Tartu_Kolgata_baptistikogudus, lk 7
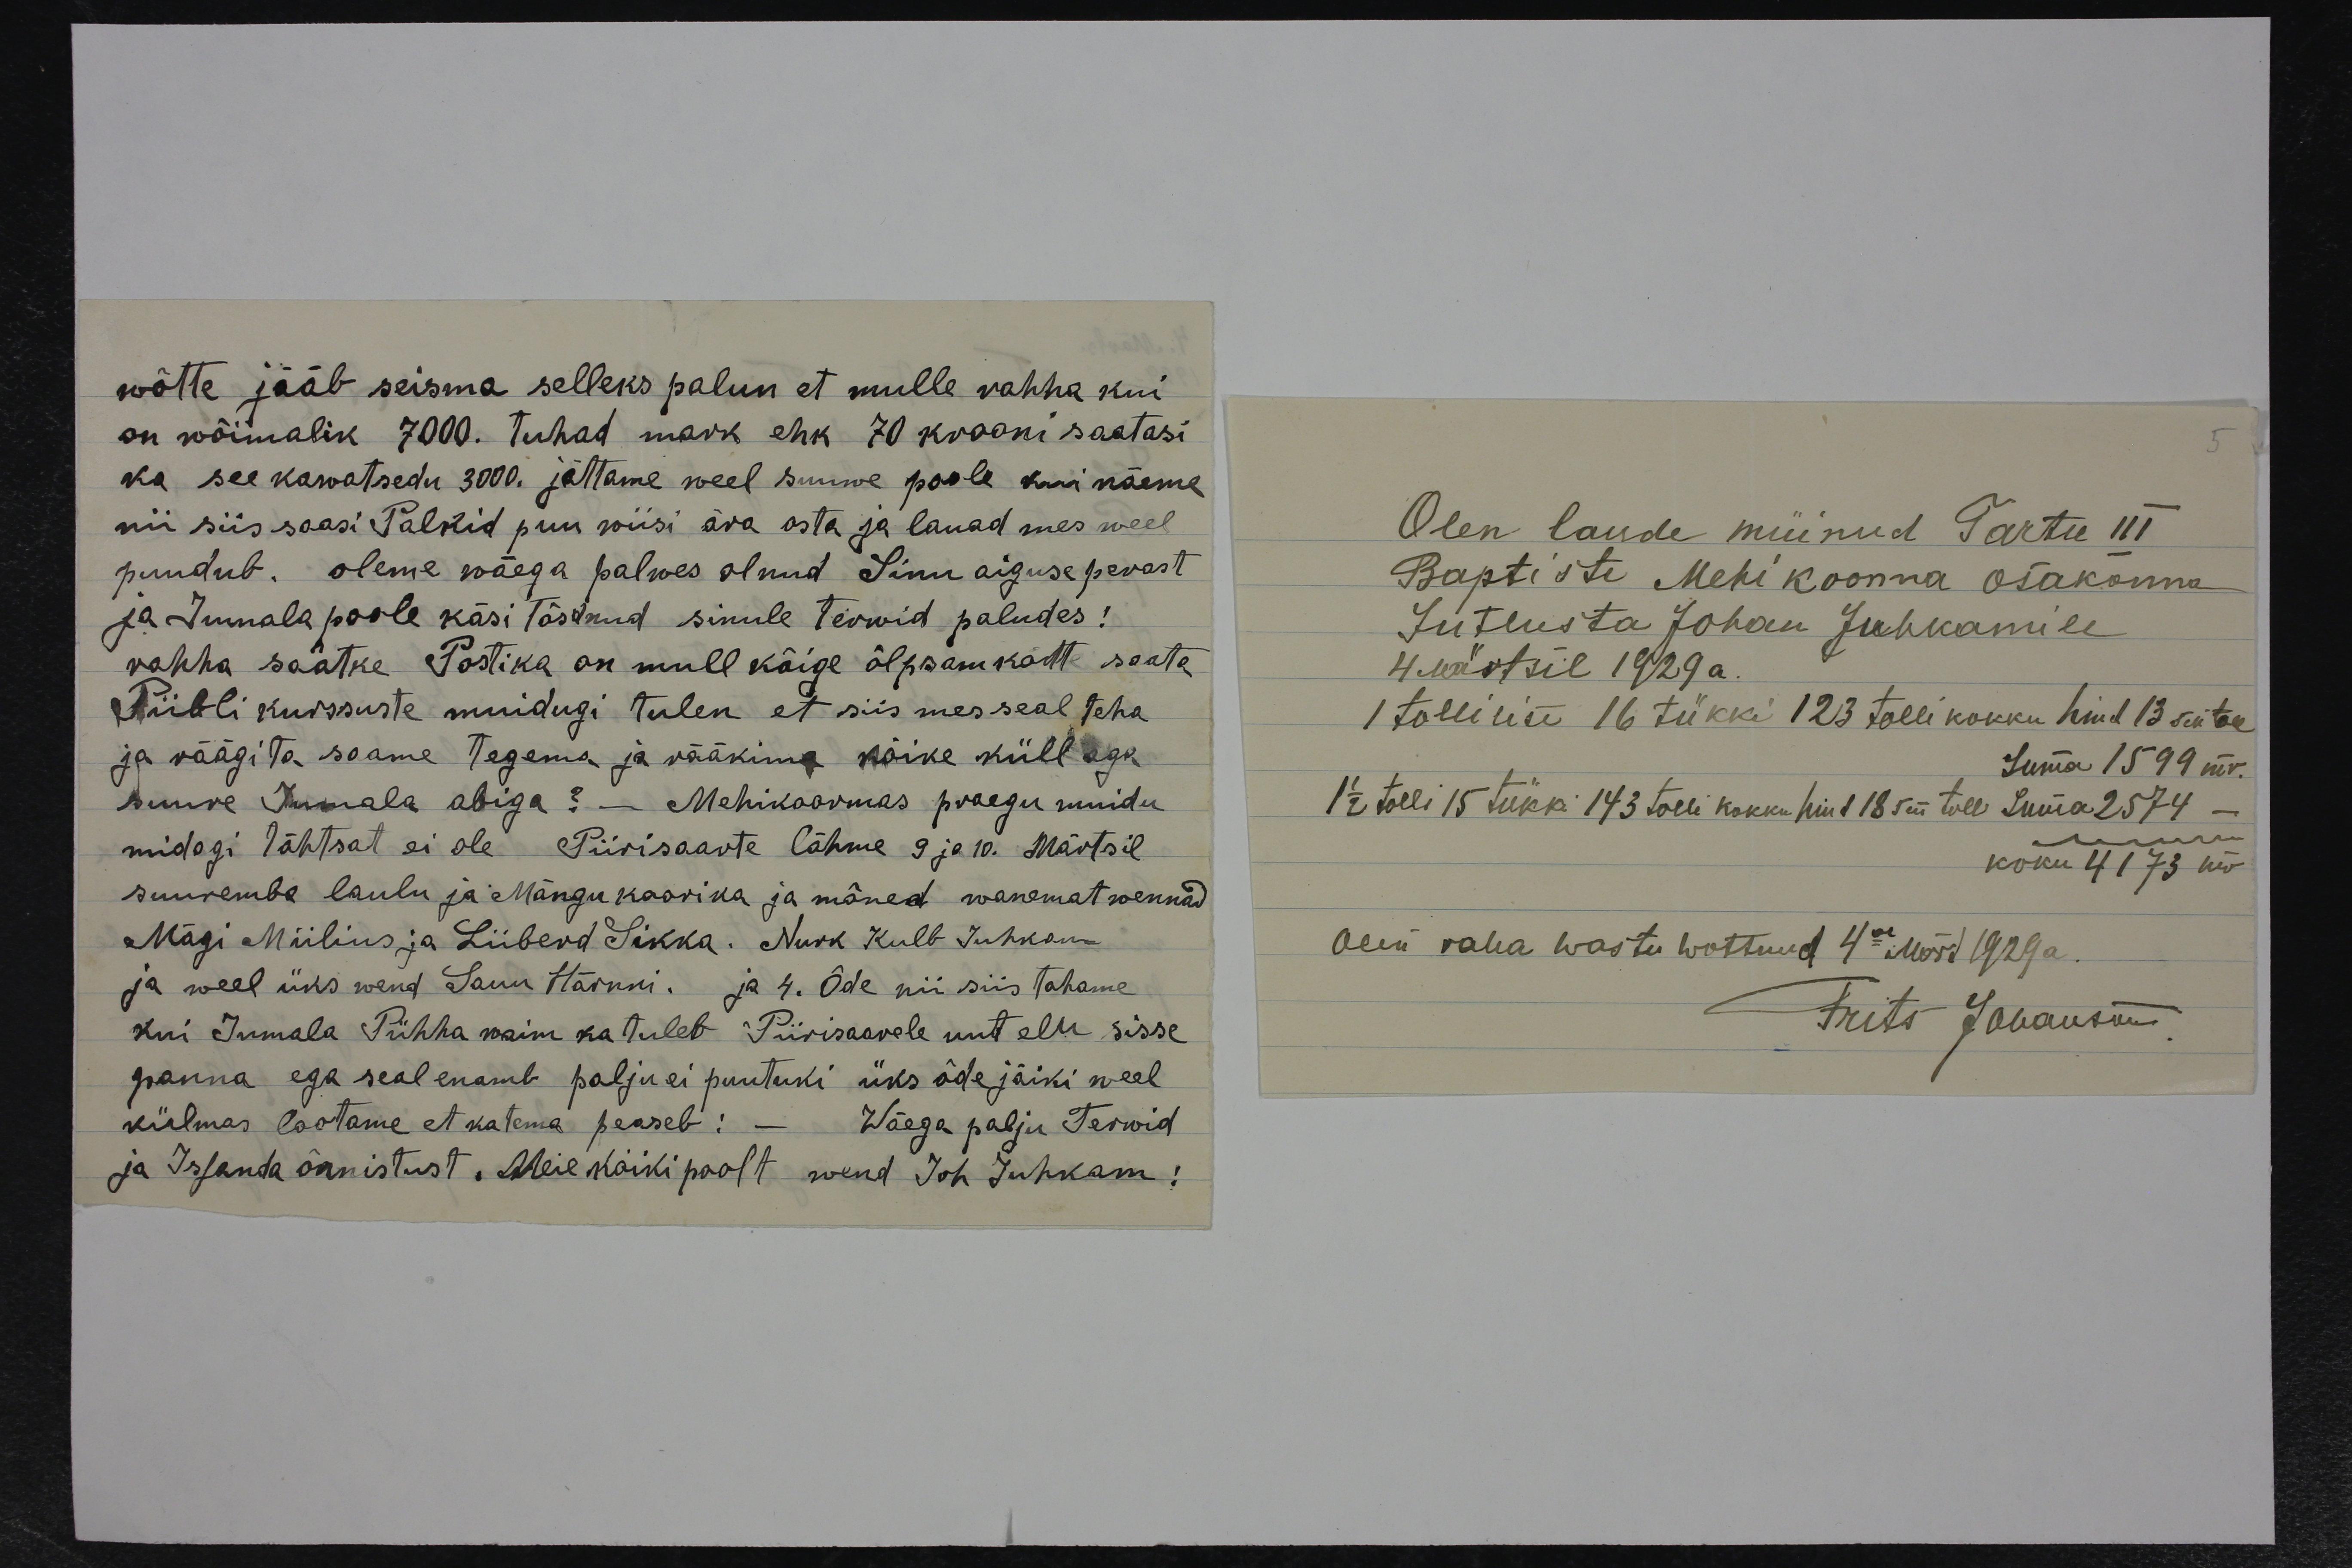
wõtte jääb seisma selleks palun et mulle rahha kui
on wõimalik 7000. tuhad mark ehk 70 krooni saatasi
ka see kawatsedu 3000. jättame veel suuwe poole kui näeme
nii siis saasi Palkid puu wiisi ära osta ja lauad mes weel
puudub. oleme wäega palwes olnud Sinu aiguse perast
ja Jummala poole käsi tõstnud sinule terwid paludes!
rahha saatke Postika on mull kõige õlpsam kätte saata,
Piibli kurssuste muidugi tulen et siis mes seal teha
ja räägita saame tegema ja rääkima kõike küll aga
suure Jumala abiga? - Mehikoormas praegu muidu
midagi tähtsat ei ole Piirisaarte lähme 9 ja 10. Märtsil
suuremba laulu ja Mängukoorika ja mõned wanemat wennad
Mägi Miilius ja Liiberd Sikka. Nurk Kulb Juhkam
ja weel üks wend Sanu Härnni. ja 4. Õde nii siis tahame
kui Jumala Pühha waim ka tuleb Piirisaarele uut elu sisse
panna ega seal enamb palju ei puutuki üks õde jäiki weel
külmas lootame et katema peaseb: - Käega palju Terwid
ja Issanda õnnistust. Meie kõiki poolt wend Joh Juhkam!

5
Olen laude müinud Tartu III
Baptiste Mehikoorma osakonna
Jutlusta Johan Juhkamile
4. Märtsil 1929 a.
1 tollilise 16 tükki 123 tollikokku hind 13 sen toll
Suma 1599 mr.
1 1/2 tolli 15 tükki 143 tolli kokkuhin 18 sen toll Suma 2574 -
koku 4173 mr
Olen raha wastu wottnud 4mal Märt 1929 a.
Frits Johanson